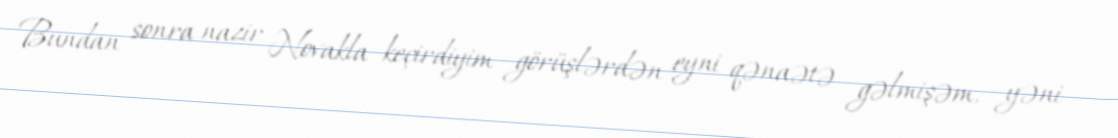
Bundan sonra nazir Novakla keçirdiyim görüşlərdən eyni qənaətə gəlmişəm, yəni